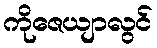
ကိုဇေယျာလွင်